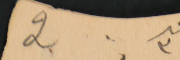
عد ٣     2